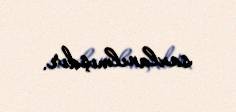
saxlanılmışdır.